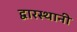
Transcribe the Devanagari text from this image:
द्वारस्थानी